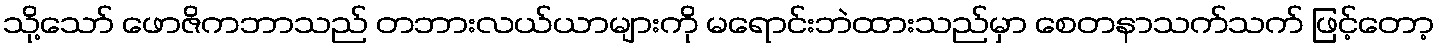
သို့သော် ဖောဇိကဘာသည် တဘားလယ်ယာများကို မရောင်းဘဲထားသည်မှာ စေတနာသက်သက် ဖြင့်တော့